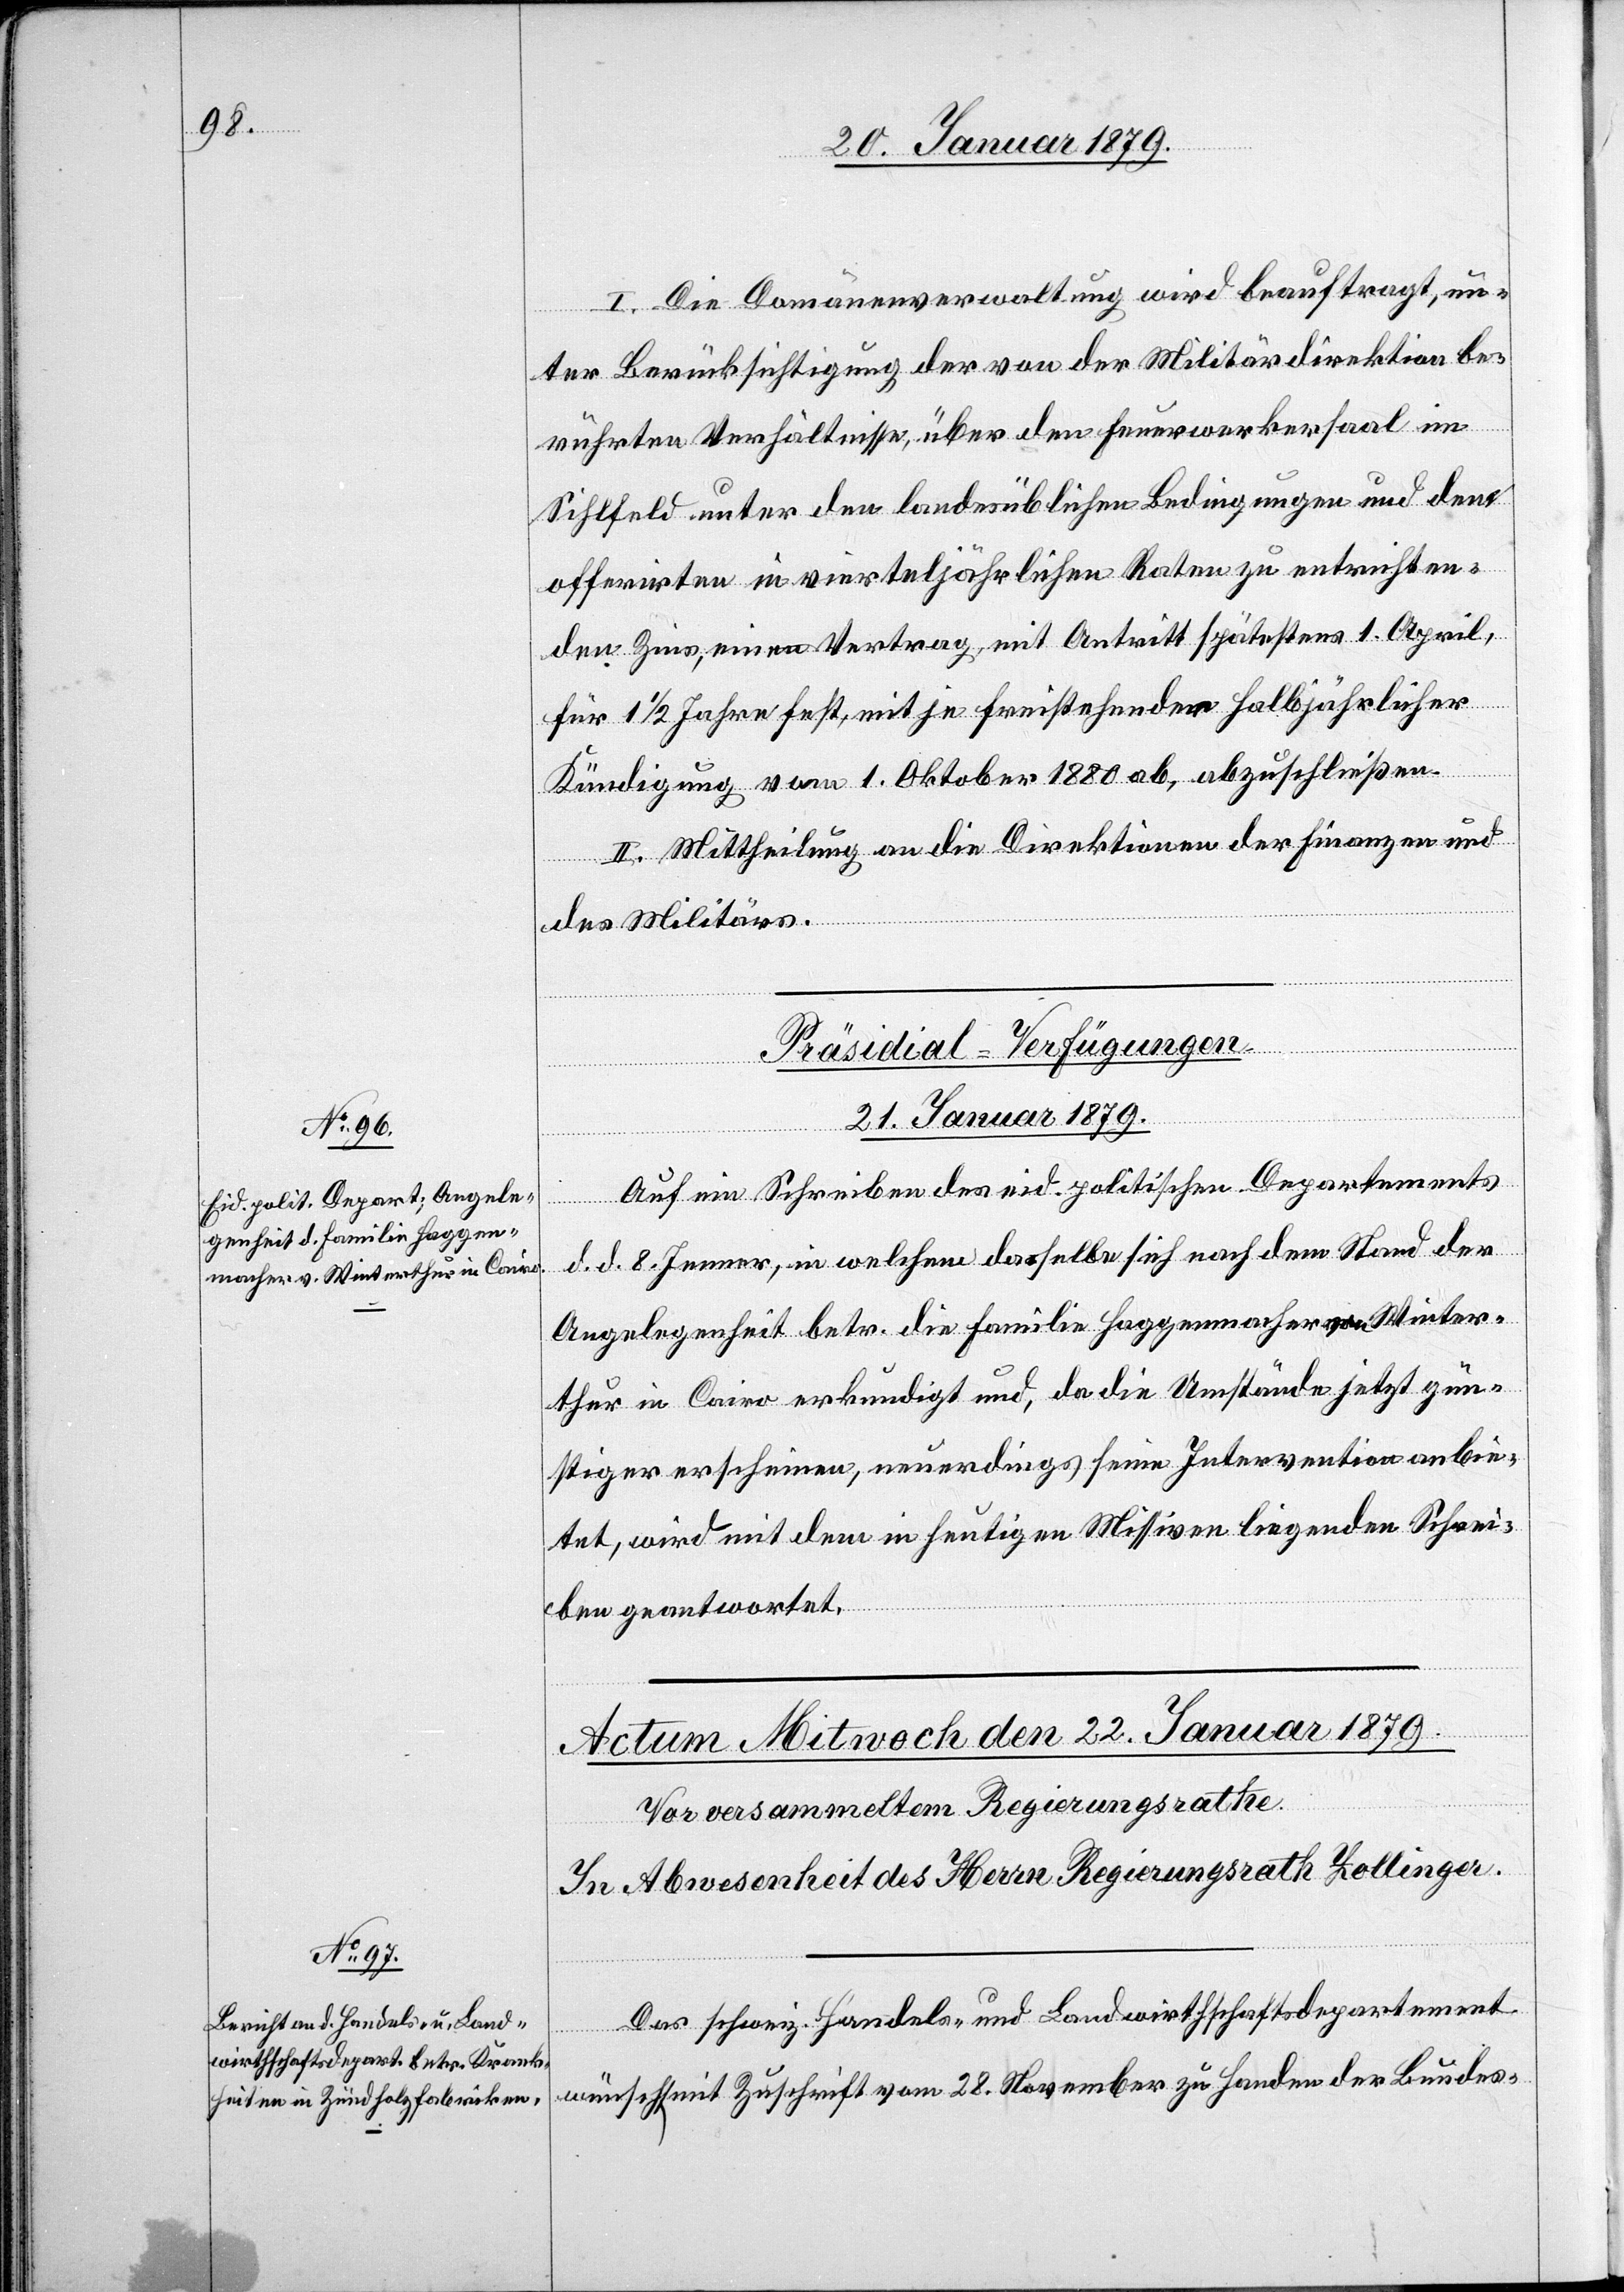
I. Die Domänenverwaltung wird beauftragt, un¬
ter Berücksichtigung der von der Militärdirektion be¬
rührten Verhältnisse, über den Feuerwerkersaal im
Sihlfeld unter den landesüblichen Bedingungen und dem
offerirten in vierteljährlichen Raten zu entrichten¬
den Zins, einen Vertrag, mit Antritt spätestens 1. April,
für 1 1/2 Jahre fest, mit je freistehender halbjährlicher
Kündigung vom 1. Oktober 1880 ab, abzuschließen.
II. Mittheilung an die Direktionen der Finanzen und
des Militärs.
Präsidial-Verfügungen.
21. Januar 1879.
Auf ein Schreiben des eid. politischen Departements
d. d. 8. Jenner, in welchem dasselbe sich nach dem Stand der
Angelegenheit betr. die Familie Haggenmacher von Winter¬
thur in Cairo erkundigt und, da die Umstände jetzt gün¬
stiger erscheinen, neuerdings seine Intervention anbie¬
tet, wird mit dem in heutigen Missiven liegenden Schrei¬
ben geantwortet.
Das schweiz. Handels- und Landwirthschaftsdepartement
wünscht mit Zuschrift vom 28. November zu Handen der Bundes-